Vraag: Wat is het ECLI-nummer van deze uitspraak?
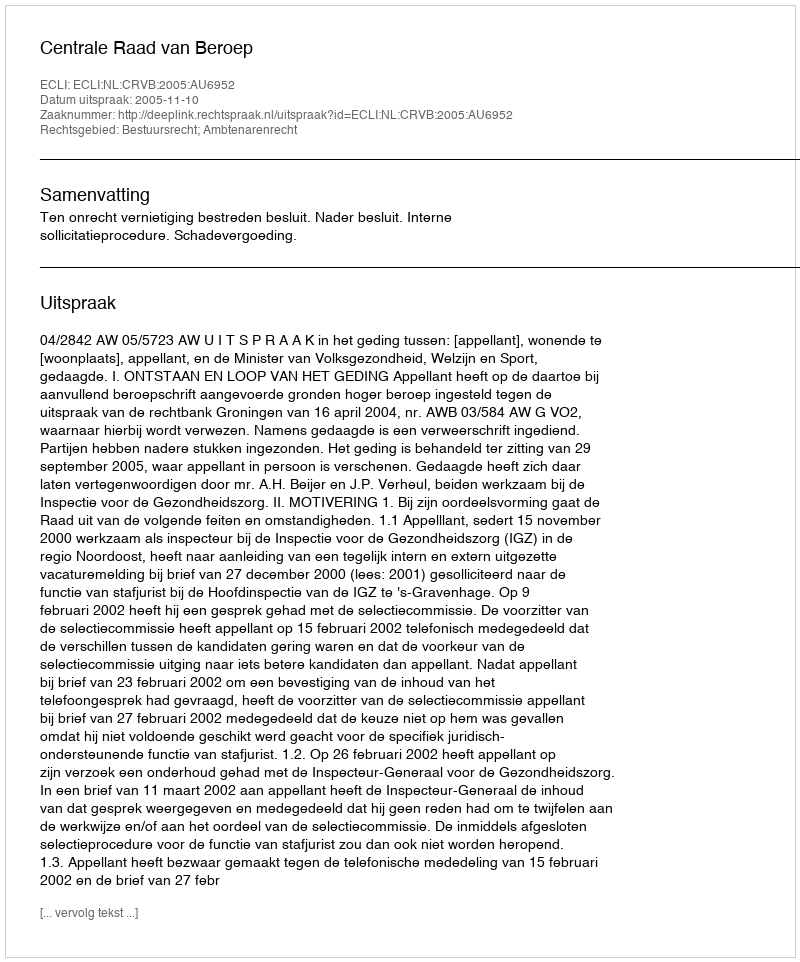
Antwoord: ECLI:NL:CRVB:2005:AU6952